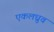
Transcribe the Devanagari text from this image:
एकलध्रुव